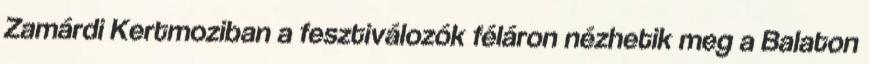
Zamárdi Kertmoziban a fesztiválozók féláron nézhetik meg a Balaton